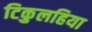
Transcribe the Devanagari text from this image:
टिकुलहिया